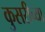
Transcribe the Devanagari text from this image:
कुसरीच्या